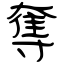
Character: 奪